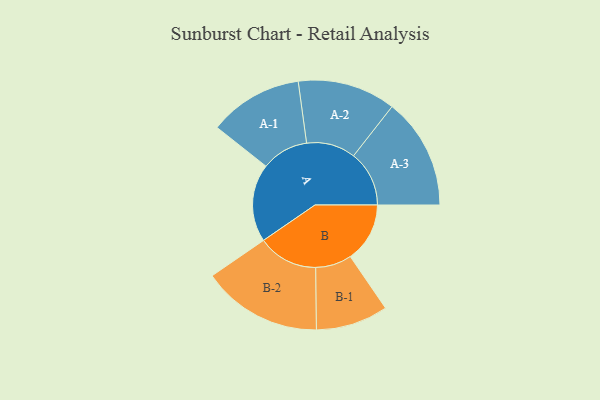
{"axis": {"x": "Segment", "y": "Value"}, "legend": ["", "A", "B"], "data": [{"x": "A", "y": 380, "type": ""}, {"x": "B", "y": 290, "type": ""}, {"x": "A-1", "y": 229, "type": "A"}, {"x": "A-2", "y": 239, "type": "A"}, {"x": "A-3", "y": 271, "type": "A"}, {"x": "B-1", "y": 176, "type": "B"}, {"x": "B-2", "y": 293, "type": "B"}]}